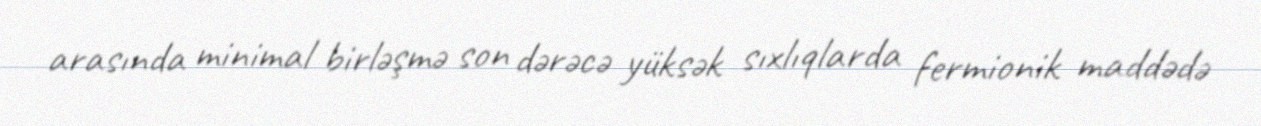
arasında minimal birləşmə son dərəcə yüksək sıxlıqlarda fermionik maddədə